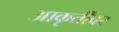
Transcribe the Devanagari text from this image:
आकृतींवर